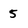
Character: 5